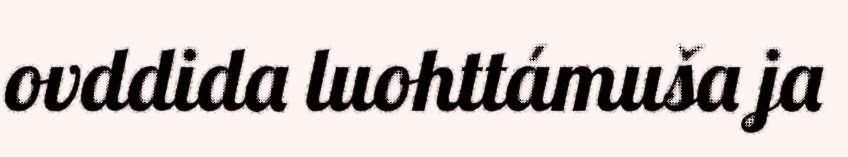
ovddida luohttámuša ja